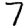
Digit: 7